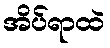
အိပ်ရာထဲ